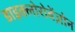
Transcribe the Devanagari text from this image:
डाइक्लोरोबेंज़ोन